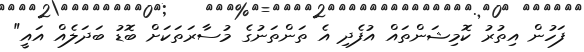
ފަހުން އިތުރު ކޮމިޝަންތައް އުފެދި އެ ތަންތަނުގެ މުސާރަތަކަށް ބޮޑު ބަދަލެއް އައީ"